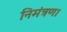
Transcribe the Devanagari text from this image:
निमंत्रण।